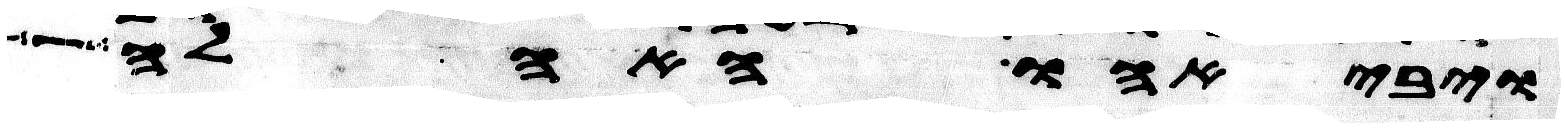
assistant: ויבאהו האהלה